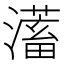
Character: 𭳀